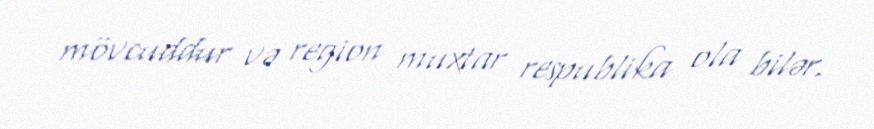
mövcuddur və region muxtar respublika ola bilər.